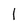
Character: l